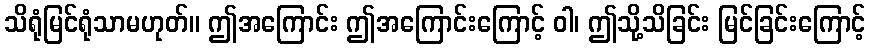
သိရုံမြင်ရုံသာမဟုတ်။ ဤအကြောင်း ဤအကြောင်းကြောင့် ဝါ၊ ဤသို့သိခြင်း မြင်ခြင်းကြောင့်